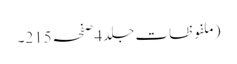
(ملفوظات جلد4صفحہ215۔